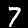
Digit: 7